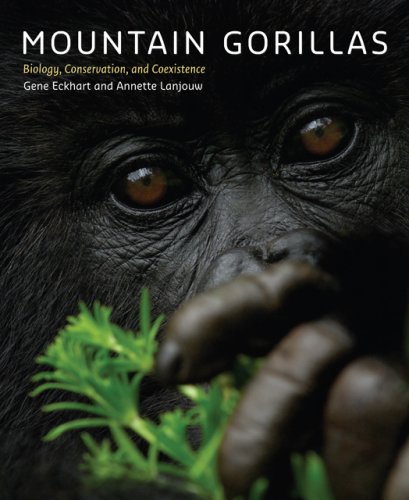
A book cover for Mountain Gorillas: Biology, Conservation, and Coexistence; Gene Eckhart; Science & Math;